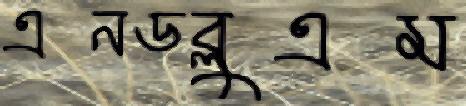
এনডব্লুএম